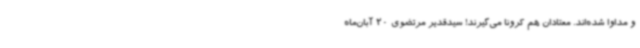
و مداوا شده‌اند. معتادان هم کرونا می‌گیرند! سیدقدیر مرتضوی 20 آبان‌ماه